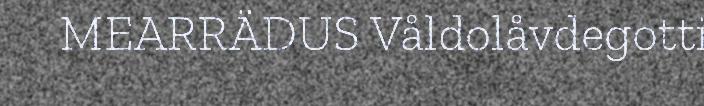
MEARRÄDUS Våldolåvdegotti